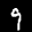
Label: 9